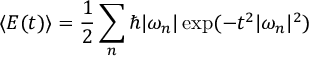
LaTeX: \langle E ( t ) \rangle = { \frac { 1 } { 2 } } \sum _ { n } \hbar | \omega _ { n } | \exp ( - t ^ { 2 } | \omega _ { n } | ^ { 2 } )